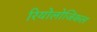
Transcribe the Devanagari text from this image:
रियोलोजिकल